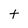
Character: t